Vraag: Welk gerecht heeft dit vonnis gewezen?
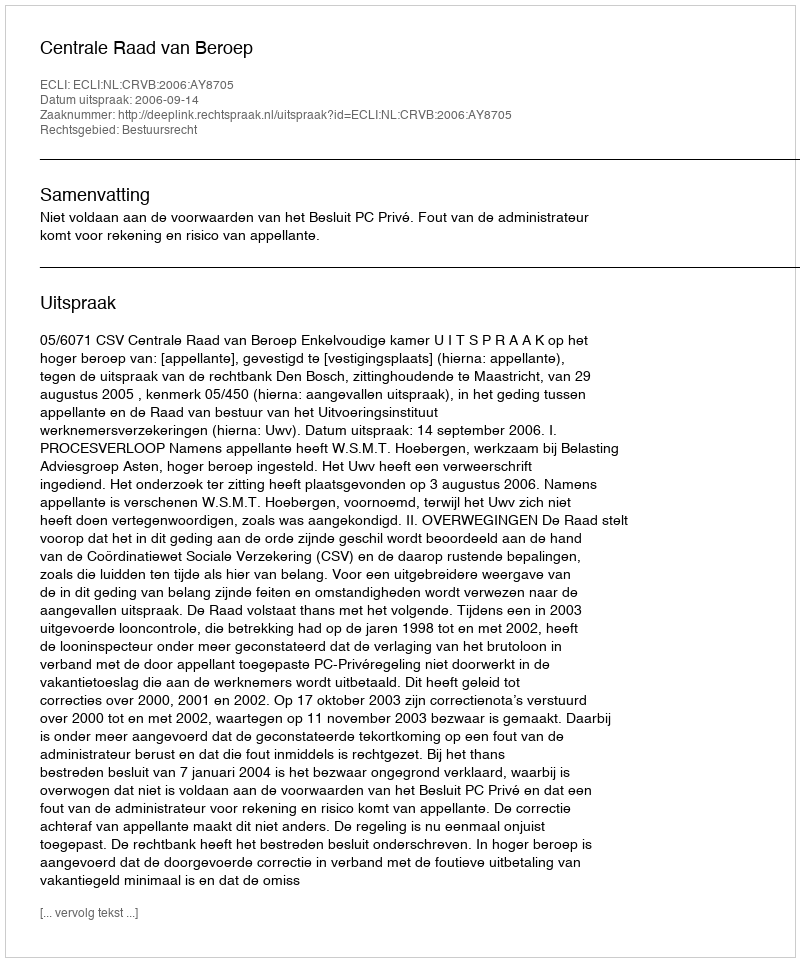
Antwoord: Centrale Raad van Beroep